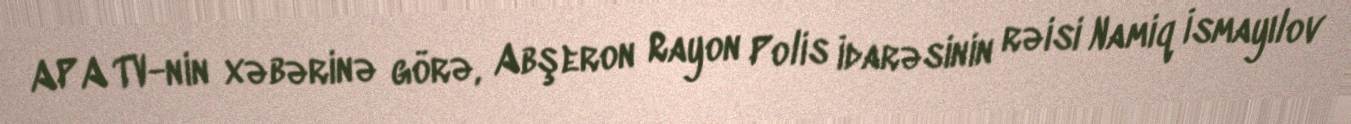
APA TV-nin xəbərinə görə, Abşeron Rayon Polis İdarəsinin rəisi Namiq İsmayılov